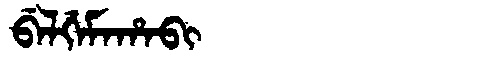
Manchu: ᠪᡝᠯᡤᡝᠮᠠᡥᠠᠪᡳ
Romanization: BELGEMAHABI